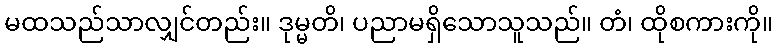
မထသည်သာလျှင်တည်း။ ဒုမ္မတိ၊ ပညာမရှိသောသူသည်။ တံ၊ ထိုစကားကို။